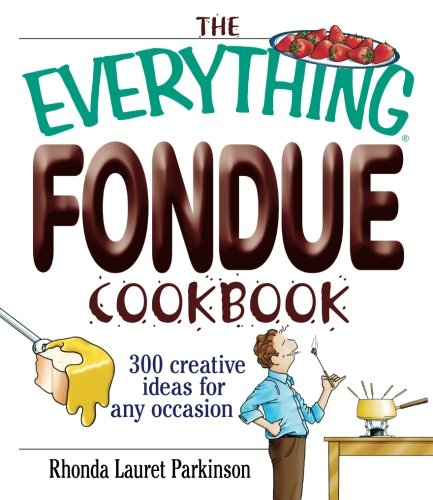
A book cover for The Everything Fondue Cookbook: 300 Creative Ideas for Any Occasion; Rhonda Lauret Parkinson; Cookbooks, Food & Wine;